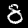
Digit: 8